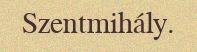
Szentmihály.